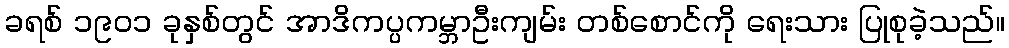
ခရစ် ၁၉၀၁ ခုနှစ်တွင် အာဒိကပ္ပကမ္ဘာဦးကျမ်း တစ်စောင်ကို ရေးသား ပြုစုခဲ့သည်။